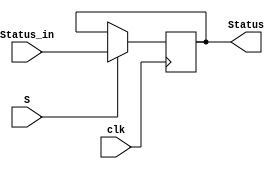
module Status_Register(
  input[3:0] Status_in,
  input clk,S,

  output reg[3:0] Status
  );
  initial Status=4'b0000;
  always@(negedge clk)
  begin
    if(S)
      Status<=Status_in;
  end
endmodule